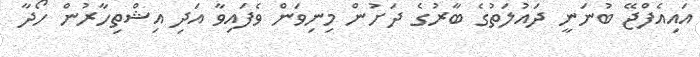
އައިއެފްޖޭ ބުނަނީ ދައުލަތުގެ ބާރުގެ ދަށުން މިނިވަން ވެފައިވާ އަދި އިޝްތިހާރުން ހޯދާ